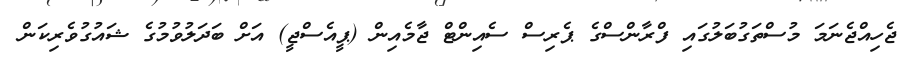
ޖެހިއްޖެނަމަ މުސްތަގުބަލުގައި ފްރާންސްގެ ޕެރިސް ސެއިންޓް ޖާމެއިން (ޕީއެސްޖީ) އަށް ބަދަލުވުމުގެ ޝައުގުވެރިކަން